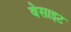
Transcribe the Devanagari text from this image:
वेसाइट